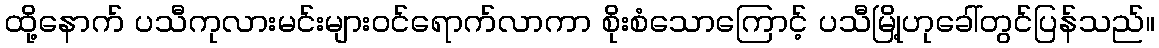
ထို့နောက် ပသီကုလားမင်းများဝင်ရောက်လာကာ စိုးစံသောကြောင့် ပသီမြို့ဟုခေါ်တွင်ပြန်သည်။